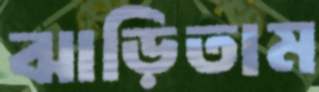
ঝাড়িতাম